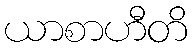
ယာစာဟီတိ